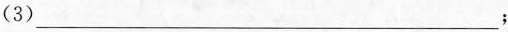
(3)___；